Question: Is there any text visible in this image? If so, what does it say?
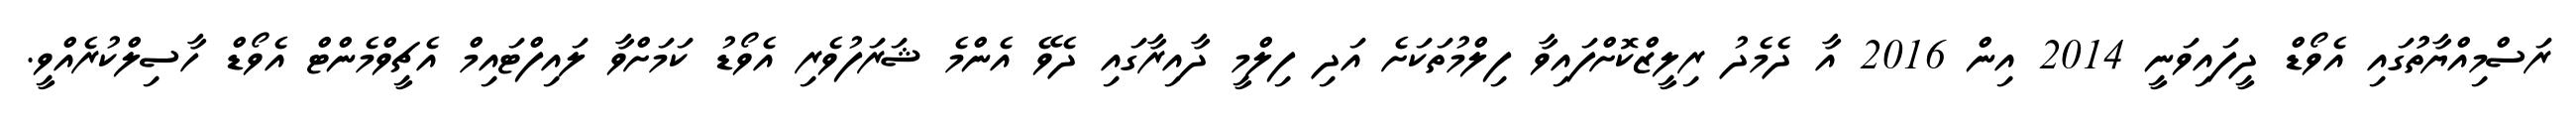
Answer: ރަސްމިއްޔާތުުގައި އެވޯޑް ދީފައިވަނީ 2014 އިން 2016 އާ ދެމެދު ރިލީޒްކޮށްފައިވާ ފިލްމުތަކަށެ އަދި ފިލްމީ ދާއިރާގައި ދެވޭ އެންމެ ޝަރަފުވެރި އެވޯޑު ކަމަށްވާ ލައިފްޓައިމް އެޗީވްމެންޓް އެވޯޑް ހާސިލްކުރެއްވީ.